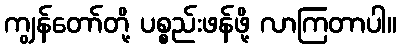
ကျွန်တော်တို့ ပစ္စည်းဖန်ဖို့ လာကြတာပါ။